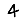
Digit: 4